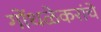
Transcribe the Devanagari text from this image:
गोंधळेकरांचे